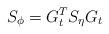
LaTeX: \begin{align*}{S}_\phi = {G}^T_t {S}_\eta {G}_t \end{align*}